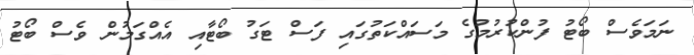
ނަމަވެސް ބޯޓު ފުންކުރުމުގެ މަސައްކަތުގައި ފަސް ޓަގު ބޯޓާއި އެއްގަމުން ވެސް ބޯޓު